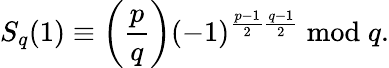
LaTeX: S_{q}(1)\equiv\left({\frac{p}{q}}\right)(-1)^{{\frac{p-1}{2}}{\frac{q-1}{2}}}{\bmod{q}}.